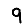
Digit: 9